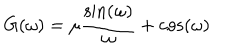
G ( \omega ) = \mu \frac { \sin \left( \omega \right) } { \omega } + \cos \left( \omega \right)